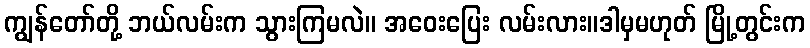
ကျွန်တော်တို့ ဘယ်လမ်းက သွားကြမလဲ။ အဝေးပြေး လမ်းလား။ဒါမှမဟုတ် မြို့တွင်းက